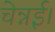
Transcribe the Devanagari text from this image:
चेन्नई।